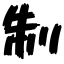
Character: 制